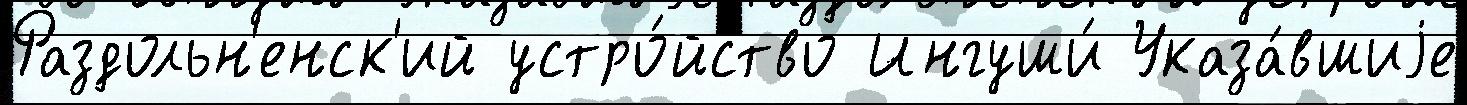
Раздольн'енск'ий устро́йство Ингуши́ Указа́вшиjе